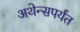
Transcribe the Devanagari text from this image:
अथेन्सपर्यंत